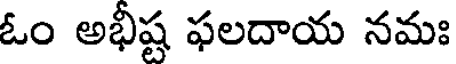
ఓం అభీష్ట ఫలదాయ నమః